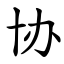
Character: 协